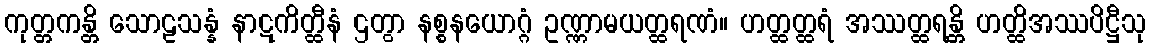
ကုတ္တကန္တိ သောဠသန္နံ နာဋကိတ္ထီနံ ဌတွာ နစ္စနယောဂ္ဂံ ဥဏ္ဏာမယတ္ထရဏံ။ ဟတ္ထတ္ထရံ အဿတ္ထရန္တိ ဟတ္ထိအဿပိဋ္ဌီသု